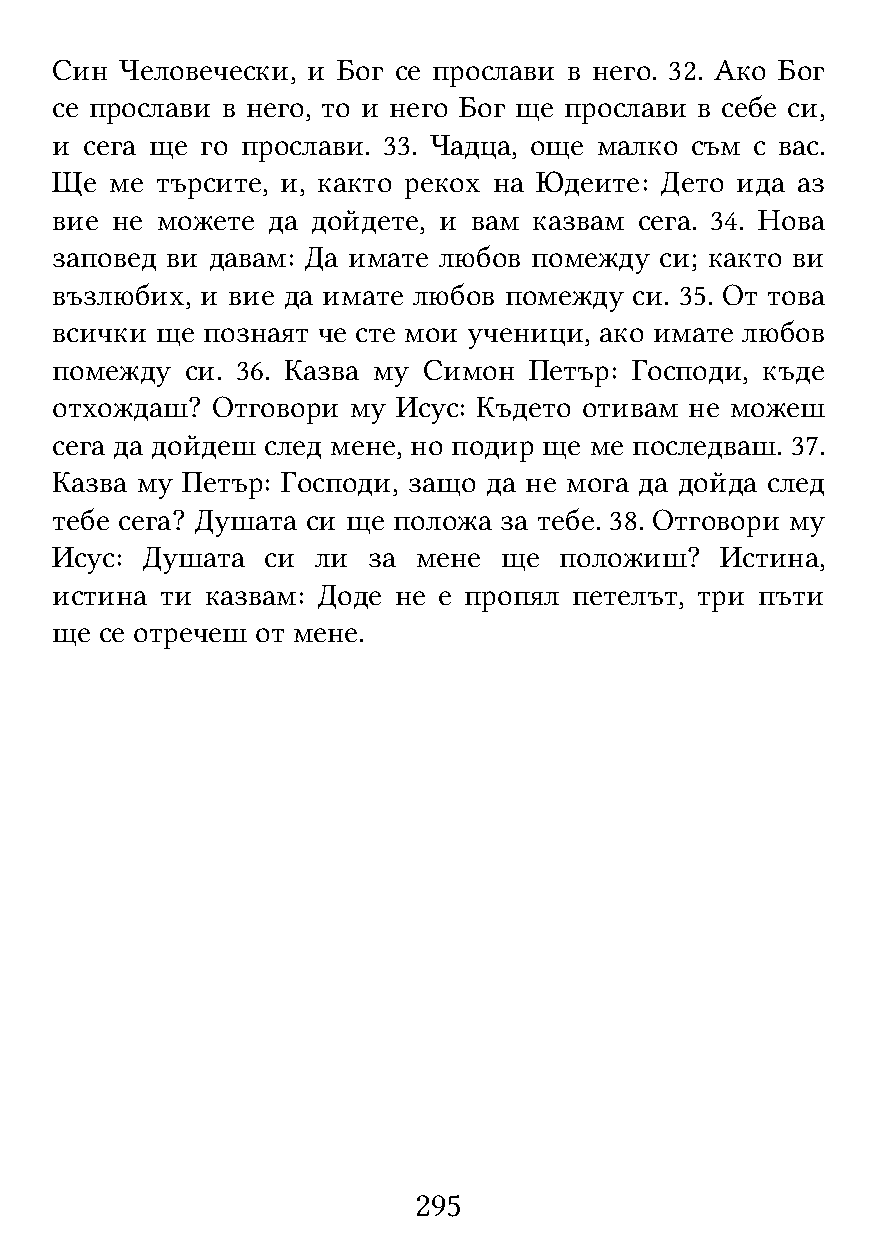
Син  Человечески, и Бог се прослави в него. 32. Ако Бог
 се прослави в него, то и него Бог ще прослави в себе си,
 и  сега ще го прослави. 33. Чадца, още малко съм с вас.
 Ще  ме търсите, и, както рекох на Юдеите: Дето ида аз
 вие не можете  да дойдете, и вам казвам сега. 34. Нова
 заповед ви давам: Да имате любов помежду си; както ви
 възлюбих, и вие да имате любов помежду си. 35. От това
 всички ще познаят че сте мои ученици, ако имате любов
 помежду  си. 36. Казва му Симон Петър: Господи, къде
 отхождаш?  Отговори му Исус: Където отивам не можеш
 сега да дойдеш след мене, но подир ще ме последваш. 37.
 Казва му Петър: Господи, защо да не мога да дойда след
 тебе сега? Душата си ще положа за тебе. 38. Отговори му
 Исус: Душата  си  ли за  мене ще  положиш?   Истина,
 истина  ти казвам: Доде не е пропял петелът, три пъти
 ще  се отречеш от мене.
 295